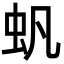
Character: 䖠